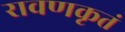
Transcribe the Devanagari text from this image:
रावणकृतं